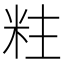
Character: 𮇐